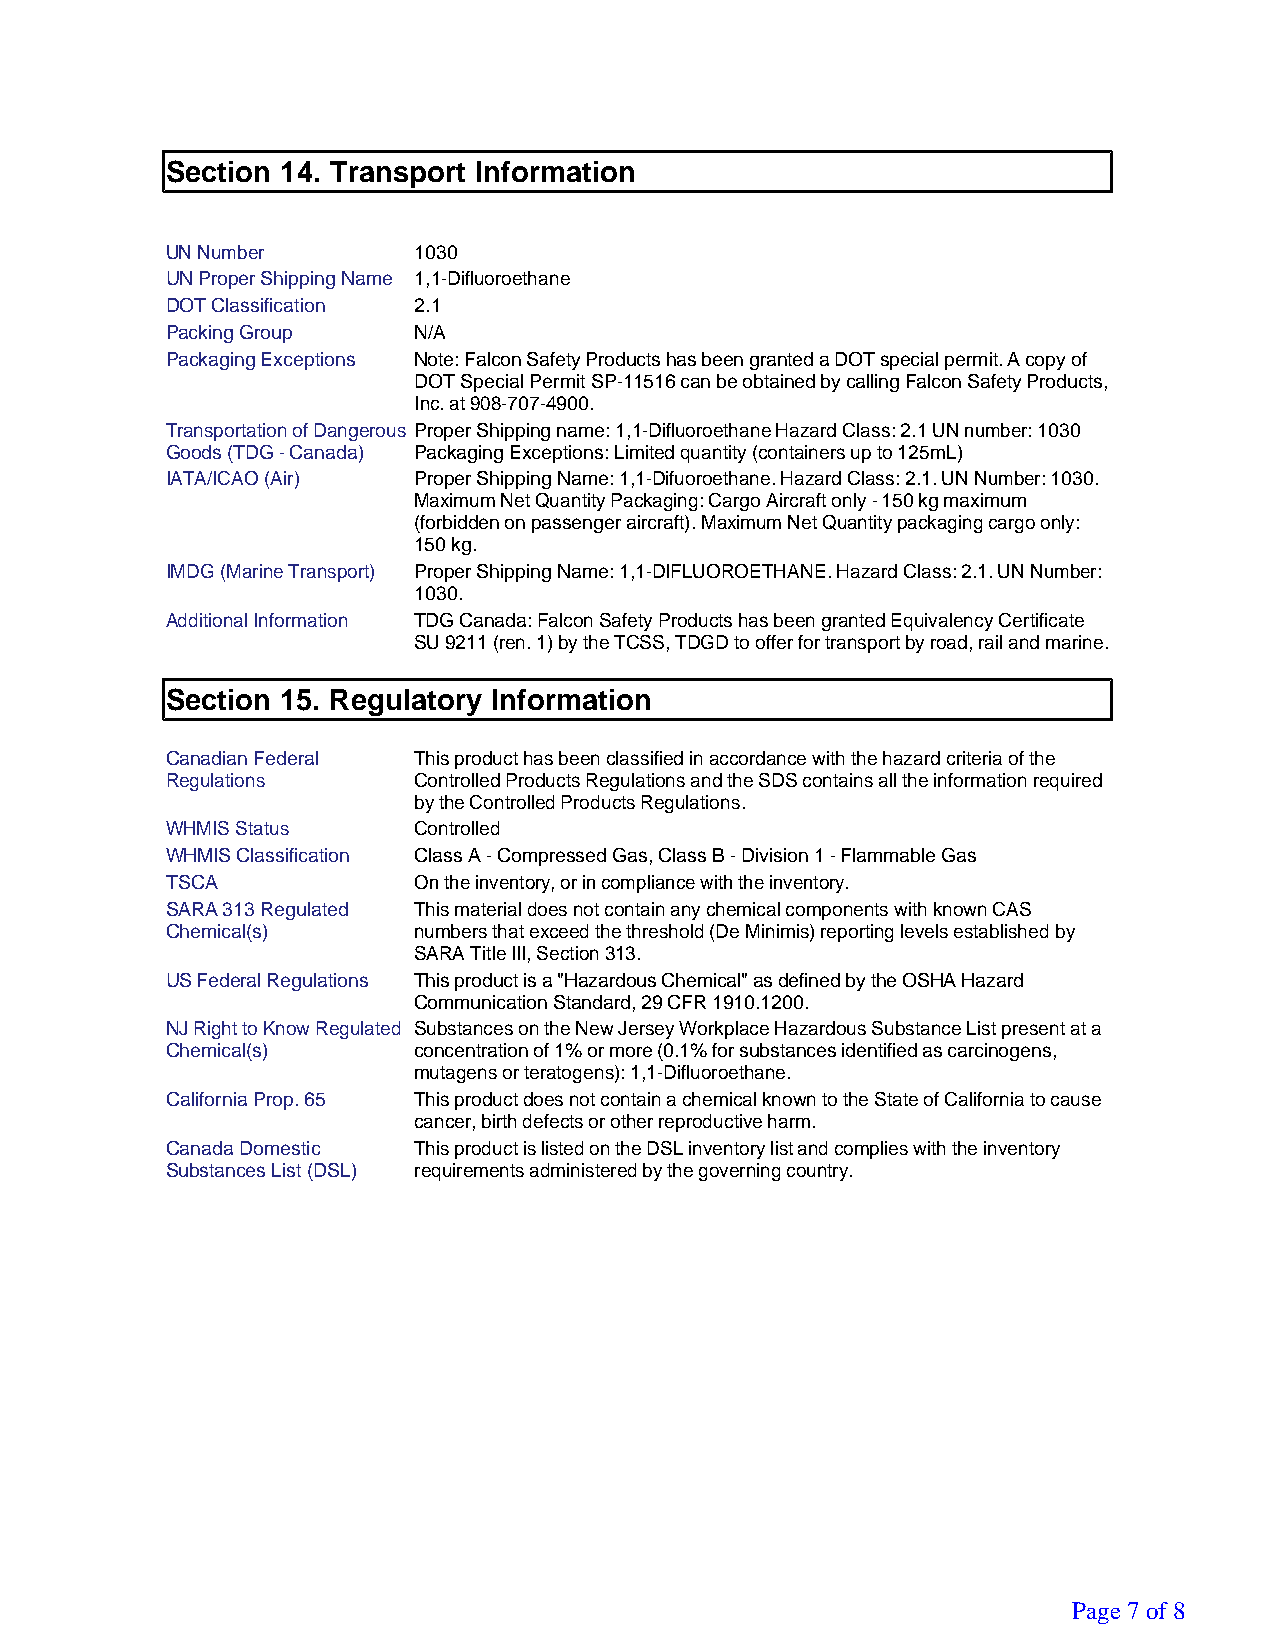
Section 14. Transport Information
 UN Number       1030
 UN Proper Shipping Name 1,1-Difluoroethane
 DOT Classification 2.1
 Packing Group   N/A
 Packaging Exceptions Note: Falcon Safety Products has been granted a DOT special permit. A copy of
 DOT Special Permit SP-11516 can be obtained by calling Falcon Safety Products,
 Inc. at 908-707-4900.
 Transportation of Dangerous Proper Shipping name: 1,1-Difluoroethane Hazard Class: 2.1 UN number: 1030
 Goods (TDG - Canada) Packaging Exceptions: Limited quantity (containers up to 125mL)
 IATA/ICAO (Air) Proper Shipping Name: 1,1-Difuoroethane. Hazard Class: 2.1. UN Number: 1030.
 Maximum Net Quantity Packaging: Cargo Aircraft only - 150 kg maximum
 (forbidden on passenger aircraft). Maximum Net Quantity packaging cargo only:
 150 kg.
 IMDG (Marine Transport) Proper Shipping Name: 1,1-DIFLUOROETHANE. Hazard Class: 2.1. UN Number:
 1030.
 Additional Information TDG Canada: Falcon Safety Products has been granted Equivalency Certificate
 SU 9211 (ren. 1) by the TCSS, TDGD to offer for transport by road, rail and marine.
 Section 15. Regulatory Information
 Canadian Federal This product has been classified in accordance with the hazard criteria of the
 Regulations     Controlled Products Regulations and the SDS contains all the information required
 by the Controlled Products Regulations.
 WHMIS Status    Controlled
 WHMIS Classification Class A - Compressed Gas, Class B - Division 1 - Flammable Gas
 TSCA            On the inventory, or in compliance with the inventory.
 SARA 313 Regulated This material does not contain any chemical components with known CAS
 Chemical(s)     numbers that exceed the threshold (De Minimis) reporting levels established by
 SARA Title III, Section 313.
 US Federal Regulations This product is a "Hazardous Chemical" as defined by the OSHA Hazard
 Communication Standard, 29 CFR 1910.1200.
 NJ Right to Know Regulated Substances on the New Jersey Workplace Hazardous Substance List present at a
 Chemical(s)     concentration of 1% or more (0.1% for substances identified as carcinogens,
 mutagens or teratogens): 1,1-Difluoroethane.
 California Prop. 65 This product does not contain a chemical known to the State of California to cause
 cancer, birth defects or other reproductive harm.
 Canada Domestic This product is listed on the DSL inventory list and complies with the inventory
 Substances List (DSL) requirements administered by the governing country.
 Page 7 of 8